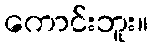
ကောင်းဘူး။